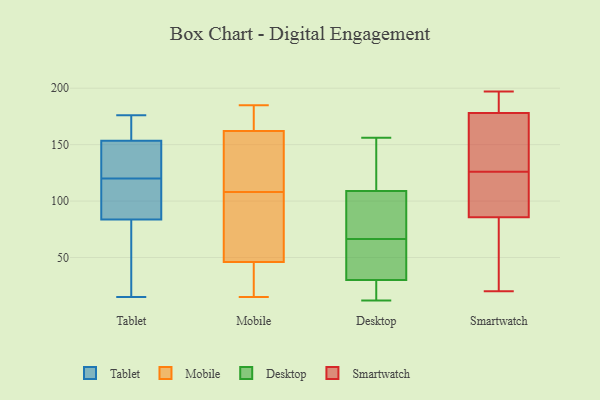
{"axis": {"x": "Gross Profit (USD K)", "y": "Value"}, "legend": ["Desktop", "Mobile", "Smartwatch", "Tablet"], "data": [{"x": "", "y": 43, "type": "Tablet"}, {"x": "", "y": 171, "type": "Tablet"}, {"x": "", "y": 164, "type": "Tablet"}, {"x": "", "y": 120, "type": "Tablet"}, {"x": "", "y": 88, "type": "Tablet"}, {"x": "", "y": 147, "type": "Tablet"}, {"x": "", "y": 150, "type": "Tablet"}, {"x": "", "y": 96, "type": "Tablet"}, {"x": "", "y": 176, "type": "Tablet"}, {"x": "", "y": 52, "type": "Tablet"}, {"x": "", "y": 149, "type": "Tablet"}, {"x": "", "y": 15, "type": "Tablet"}, {"x": "", "y": 71, "type": "Tablet"}, {"x": "", "y": 173, "type": "Tablet"}, {"x": "", "y": 145, "type": "Tablet"}, {"x": "", "y": 112, "type": "Tablet"}, {"x": "", "y": 111, "type": "Tablet"}, {"x": "", "y": 185, "type": "Mobile"}, {"x": "", "y": 177, "type": "Mobile"}, {"x": "", "y": 15, "type": "Mobile"}, {"x": "", "y": 184, "type": "Mobile"}, {"x": "", "y": 140, "type": "Mobile"}, {"x": "", "y": 46, "type": "Mobile"}, {"x": "", "y": 134, "type": "Mobile"}, {"x": "", "y": 142, "type": "Mobile"}, {"x": "", "y": 81, "type": "Mobile"}, {"x": "", "y": 162, "type": "Mobile"}, {"x": "", "y": 164, "type": "Mobile"}, {"x": "", "y": 119, "type": "Mobile"}, {"x": "", "y": 23, "type": "Mobile"}, {"x": "", "y": 97, "type": "Mobile"}, {"x": "", "y": 45, "type": "Mobile"}, {"x": "", "y": 80, "type": "Mobile"}, {"x": "", "y": 45, "type": "Mobile"}, {"x": "", "y": 66, "type": "Mobile"}, {"x": "", "y": 106, "type": "Desktop"}, {"x": "", "y": 27, "type": "Desktop"}, {"x": "", "y": 38, "type": "Desktop"}, {"x": "", "y": 109, "type": "Desktop"}, {"x": "", "y": 30, "type": "Desktop"}, {"x": "", "y": 113, "type": "Desktop"}, {"x": "", "y": 38, "type": "Desktop"}, {"x": "", "y": 156, "type": "Desktop"}, {"x": "", "y": 95, "type": "Desktop"}, {"x": "", "y": 12, "type": "Desktop"}, {"x": "", "y": 126, "type": "Smartwatch"}, {"x": "", "y": 121, "type": "Smartwatch"}, {"x": "", "y": 94, "type": "Smartwatch"}, {"x": "", "y": 178, "type": "Smartwatch"}, {"x": "", "y": 178, "type": "Smartwatch"}, {"x": "", "y": 82, "type": "Smartwatch"}, {"x": "", "y": 20, "type": "Smartwatch"}, {"x": "", "y": 170, "type": "Smartwatch"}, {"x": "", "y": 178, "type": "Smartwatch"}, {"x": "", "y": 38, "type": "Smartwatch"}, {"x": "", "y": 184, "type": "Smartwatch"}, {"x": "", "y": 197, "type": "Smartwatch"}, {"x": "", "y": 87, "type": "Smartwatch"}]}